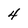
Character: 4